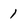
Character: 1